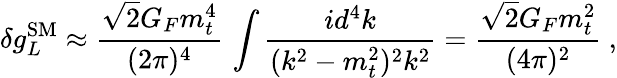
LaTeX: \delta g_{L}^{\mathrm{SM}}\approx\frac{\sqrt{2}G_{F}m_{t}^{4}}{(2\pi)^{4}}\, \int\frac{id^{4}k}{(k^{2}-m_{t}^{2})^{2}k^{2}}=\frac{\sqrt{2}G_{F}m_{t}^{2}}{(4\pi)^{2}}~,